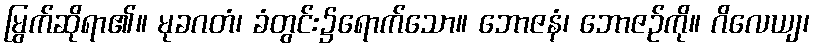
မြွက်ဆိုရာ၏။ မုခဂတံ၊ ခံတွင်း၌ရောက်သော။ ဘောဇနံ၊ ဘောဇဉ်ကို။ ဂိလေယျ၊